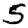
Digit: 5